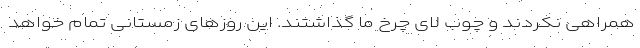
همراهی نکردند و چوب لای چرخ ما گذاشتند. این روزهای زمستانی تمام خواهد